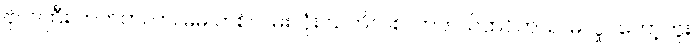
ဗိုလ်ကြီး ဘတ်တလာ၊ မမ တစ်လမ်းလုံး သတိလစ်လာတယ်ထင်တယ်၊ မလှုပ်တော့ဘူး